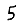
Digit: 5